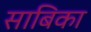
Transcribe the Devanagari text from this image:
साबिका